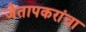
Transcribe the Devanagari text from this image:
जैतापकरांचा